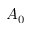
A _ { 0 }